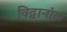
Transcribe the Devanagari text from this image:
विद्वानांस